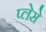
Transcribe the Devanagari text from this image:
प्लेसे